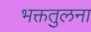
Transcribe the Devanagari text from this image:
भक्ततुलना